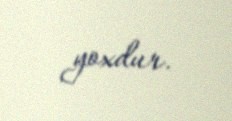
yoxdur.